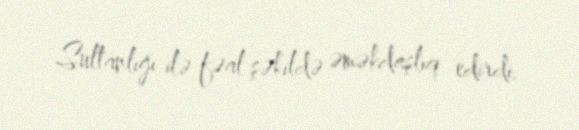
Sultanlığı ilə fəal şəkildə əməkdaşlıq edirdi.